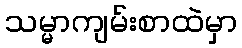
သမ္မာကျမ်းစာထဲမှာ